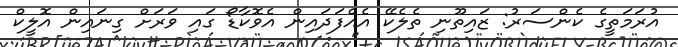
އުރަމަތީގެ ކެންސަރު: ޒައިތޫނި ތެލެކޭ އެއްފަދައިން އެވޮކާޑޯ ގައި ވަރަށް ގިނައިން އޮލީކް